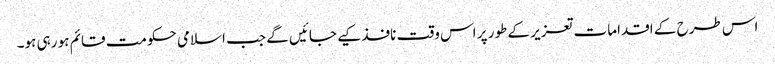
اس طرح کے اقدامات تعزیر کے طور پر اس وقت نافذ کیے جائیں گے جب اسلامی حکومت قائم ہو رہی ہو۔